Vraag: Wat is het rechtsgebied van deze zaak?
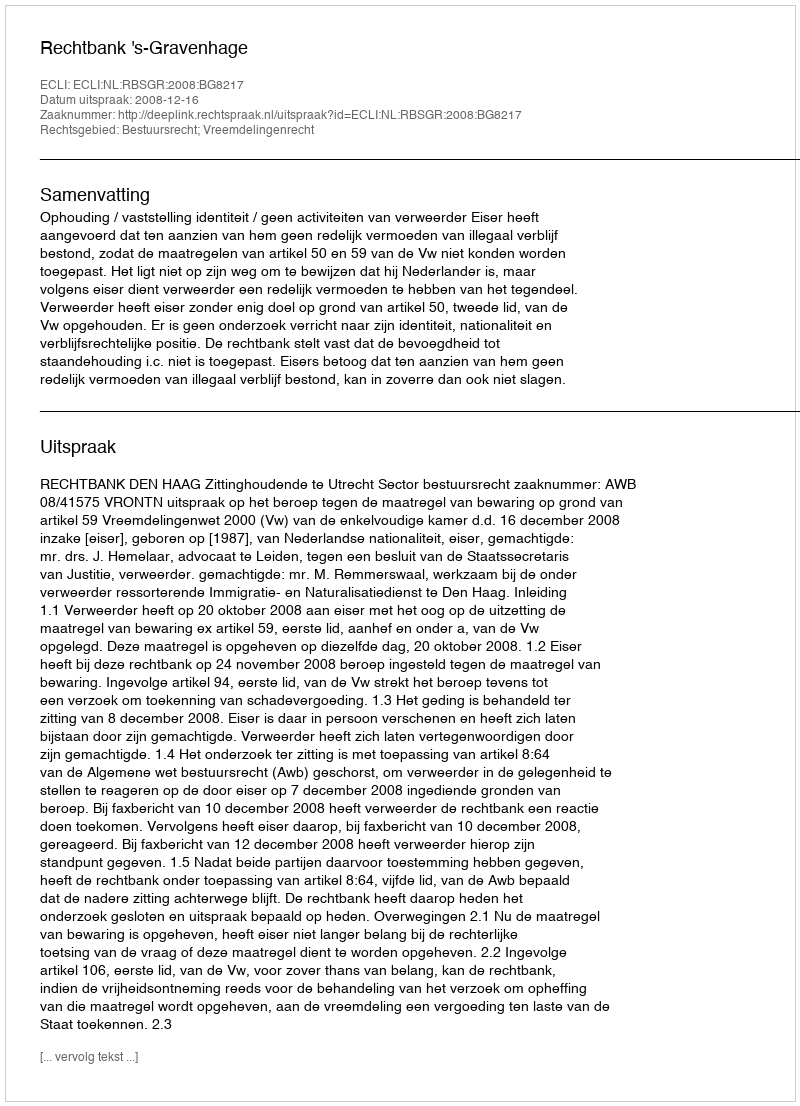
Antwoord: Bestuursrecht; Vreemdelingenrecht